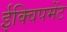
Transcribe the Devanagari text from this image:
ईक्विपमेंट